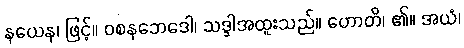
နယေန၊ ဖြင့်။ ဝစနဘေဒေါ၊ သဒ္ဒါအထူးသည်။ ဟောတိ၊ ၏။ အယံ၊